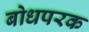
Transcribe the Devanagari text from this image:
बोधपरक